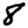
Digit: 8